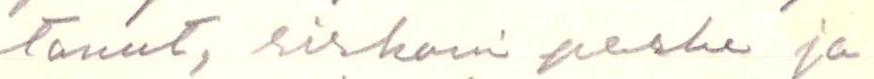
tanut, siskoni perhe ja